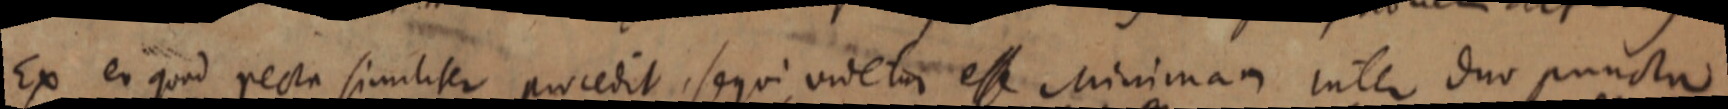
Ex eo quod recta similiter procedit, sequi videtur esse Minimam inter duo puncta